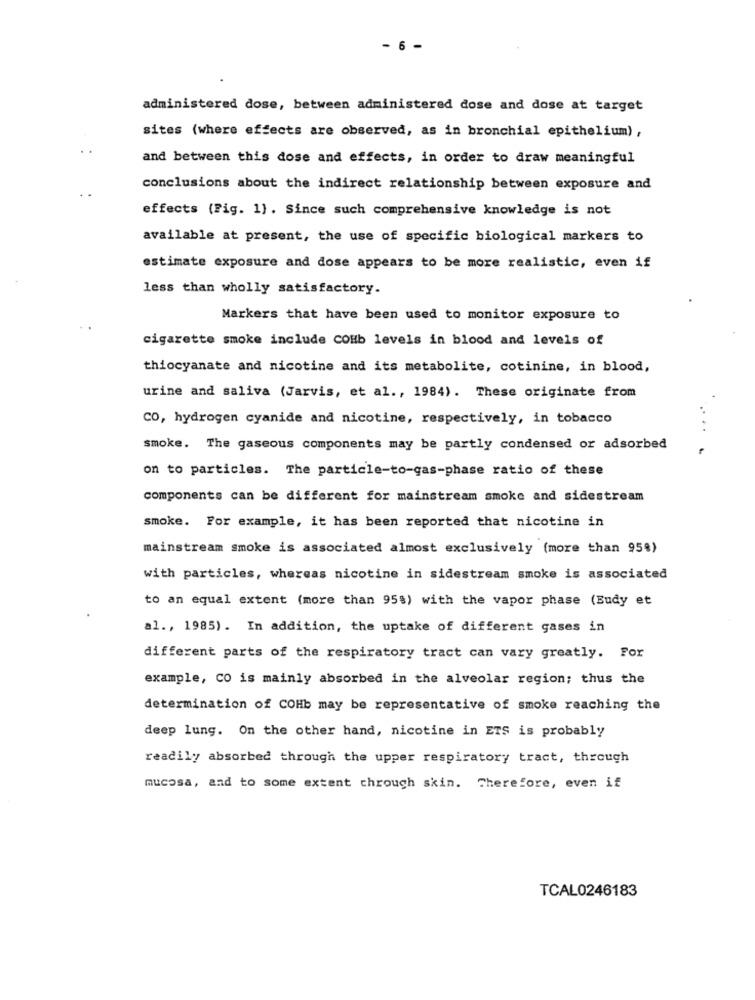
- 6 -
administered dose, between administered dose and dose at target
sites (where effects are observed, as in bronchial epithelium) ,
and between this dose and effects, in order to draw meaningful
conclusions about the indirect relationship between exposure and
effects (Fig. 1). Since such comprehensive knowledge is not
available at present, the use of specific biological markers to
estimate exposure and dose appears to be more realistic, even if
less than wholly satisfactory.
Markers that have been used to monitor exposure to
cigarette smoke include COHb levels in blood and levels of
thiocyanate and nicotine and its metabolite, cotinine, in blood,
urine and saliva (Jarvis, et al ., 1984). These originate from
CO, hydrogen cyanide and nicotine, respectively, in tobacco
smoke. The gaseous components may be partly condensed or adsorbed
on to particles. The particle-to-gas-phase ratio of these
components can be different for mainstream smoke and sidestream
smoke. For example, it has been reported that nicotine in
mainstream smoke is associated almost exclusively (more than 95%)
with particles, whereas nicotine in sidestream smoke is associated
to an equal extent (more than 958) with the vapor phase (Budy et
al ., 1985). In addition, the uptake of different gases in
different parts of the respiratory tract can vary greatly. For
example, CO is mainly absorbed in the alveolar region; thus the
determination of COHb may be representative of smoke reaching the
deep lung. On the other hand, nicotine in ETS is probably
readily absorbed through the upper respiratory tract, through
mucosa, and to some extent through skin. Therefore, even if
TCAL0246183